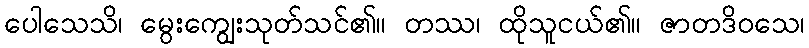
ပေါသေသိ၊ မွေးကျွေးသုတ်သင်၏။ တဿ၊ ထိုသူငယ်၏။ ဇာတဒိဝသေ၊